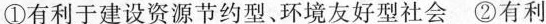
①有利于建设资源节约型、环境友好型社会②有利